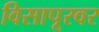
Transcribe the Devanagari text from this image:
विसापूरवर